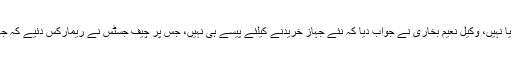
چیف جسٹس نے استفسار کیا کہ پی آئی اے نئے جہاز خرید رہا ہے یا نہیں، وکیل نعیم بخاری نے جواب دیا کہ نئے جہاز خریدنے کیلئے پیسے ہی نہیں، جس پر چیف جسٹس نے ریمارکس دئیے کہ جعلی ڈگری والے جہاز چلا رہے ہیں، ان کے مقدمات یہاں سنیں گے۔